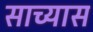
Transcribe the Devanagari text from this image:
साच्यास